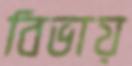
বিভায়